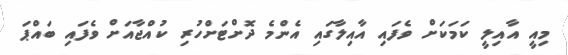
މިއީ އާއިލީ ކަމަކަށް ވެފައި އާއިލާގައި އެންމެ ދޮށްޓަށްހުރި ކުއްޖާއަށް ވެފައި ބައްޕަ